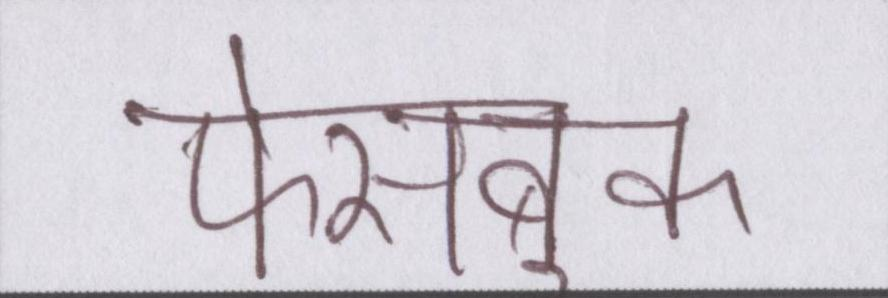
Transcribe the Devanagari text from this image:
फेसबुक